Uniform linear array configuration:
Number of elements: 12
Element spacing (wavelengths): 0.25
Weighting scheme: kaiser
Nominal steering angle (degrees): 15
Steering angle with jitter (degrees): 14.389
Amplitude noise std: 0.05
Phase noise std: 0.05

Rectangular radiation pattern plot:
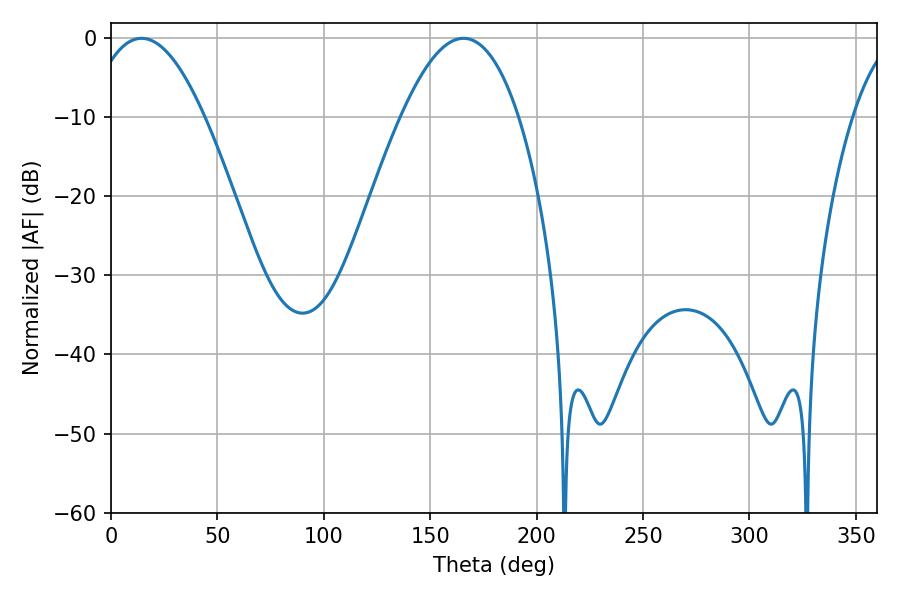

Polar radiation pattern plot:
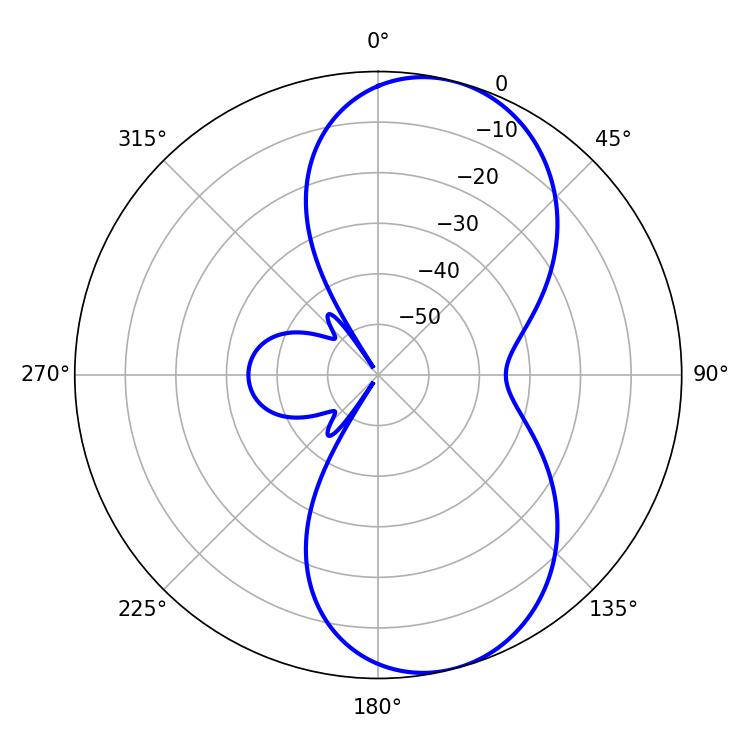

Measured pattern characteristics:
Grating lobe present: FALSE
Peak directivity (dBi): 8.26
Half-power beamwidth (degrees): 30.06
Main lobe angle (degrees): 14.4